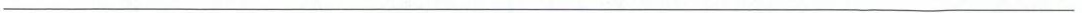
___